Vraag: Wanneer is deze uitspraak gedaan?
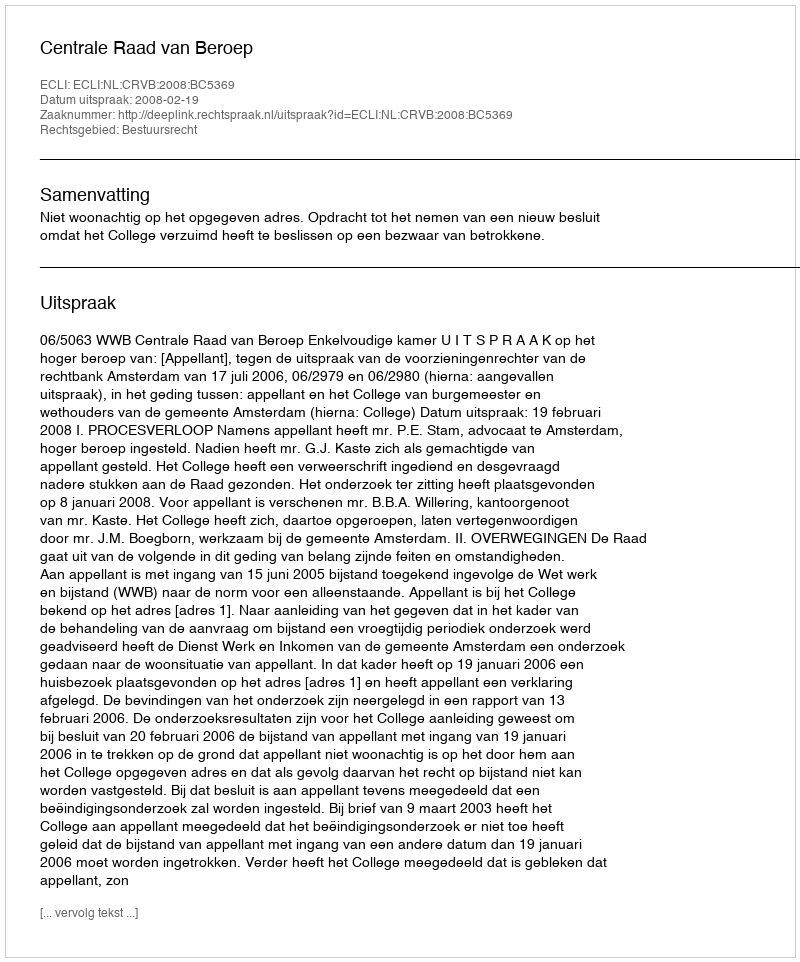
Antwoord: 2008-02-19